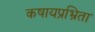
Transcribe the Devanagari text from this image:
कषायप्रभ्रिता